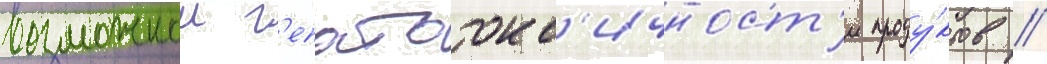
возможнои г'епатотокс'ичност'и проду́ктов //